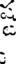
క